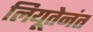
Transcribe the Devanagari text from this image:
लियूतेनंत